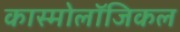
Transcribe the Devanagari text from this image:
कास्मोलॉजिकल